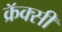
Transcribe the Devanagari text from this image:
क्रॅक्सी